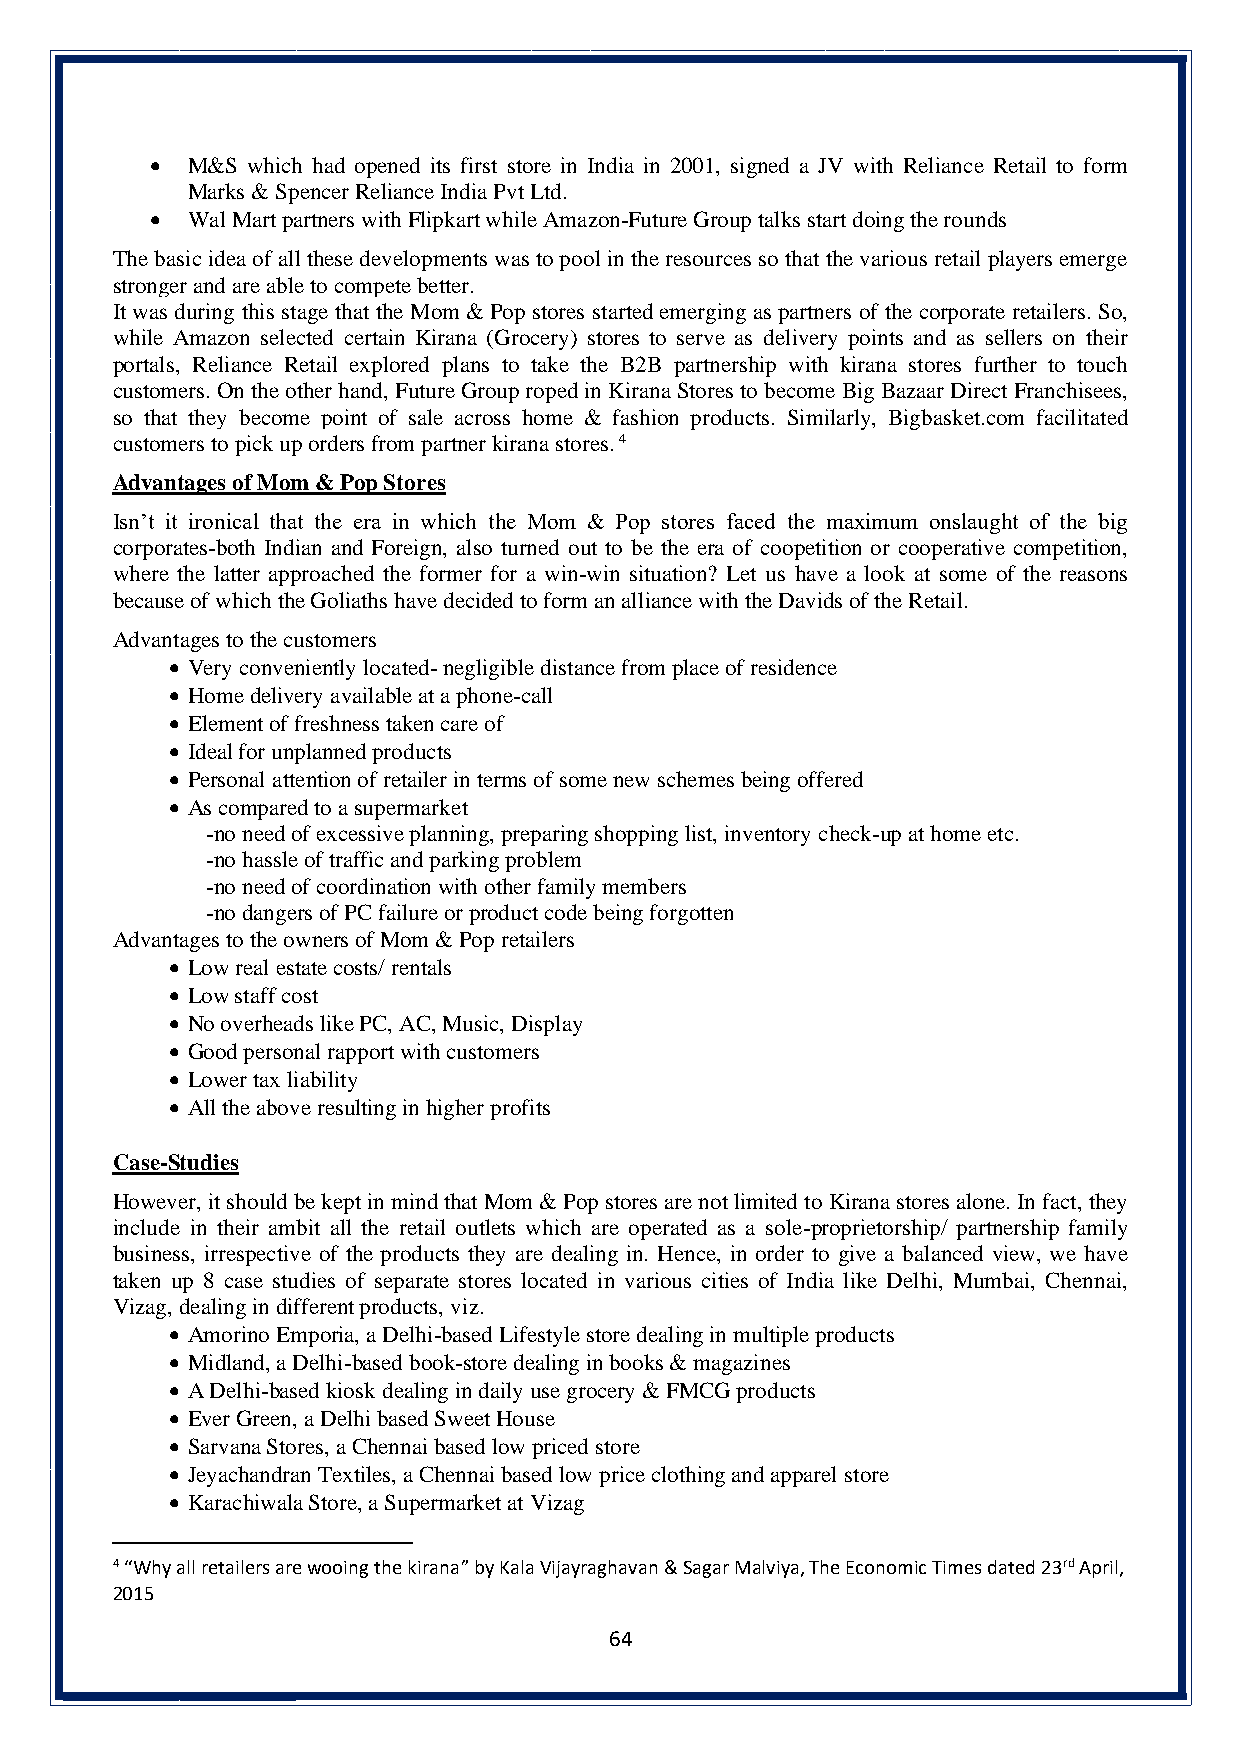
• M&S which had opened its first store in India in 2001, signed a JV with Reliance Retail to form
 Marks & Spencer Reliance India Pvt Ltd.
 • Wal Mart partners with Flipkart while Amazon-Future Group talks start doing the rounds
 The basic idea of all these developments was to pool in the resources so that the various retail players emerge
 stronger and are able to compete better.
 It was during this stage that the Mom & Pop stores started emerging as partners of the corporate retailers. So,
 while Amazon selected certain Kirana (Grocery) stores to serve as delivery points and as sellers on their
 portals, Reliance Retail explored plans to take the B2B partnership with kirana stores further to touch
 customers. On the other hand, Future Group roped in Kirana Stores to become Big Bazaar Direct Franchisees,
 so that they become point of sale across home & fashion products. Similarly, Bigbasket.com facilitated
 customers to pick up orders from partner kirana stores. 4
 Advantages of Mom & Pop Stores
 Isn’t it ironical that the era in which the Mom & Pop stores faced the maximum onslaught of the big
 corporates-both Indian and Foreign, also turned out to be the era of coopetition or cooperative competition,
 where the latter approached the former for a win-win situation? Let us have a look at some of the reasons
 because of which the Goliaths have decided to form an alliance with the Davids of the Retail.
 Advantages to the customers
 • Very conveniently located- negligible distance from place of residence
 • Home delivery available at a phone-call
 • Element of freshness taken care of
 • Ideal for unplanned products
 • Personal attention of retailer in terms of some new schemes being offered
 • As compared to a supermarket
 -no need of excessive planning, preparing shopping list, inventory check-up at home etc.
 -no hassle of traffic and parking problem
 -no need of coordination with other family members
 -no dangers of PC failure or product code being forgotten
 Advantages to the owners of Mom & Pop retailers
 • Low real estate costs/ rentals
 • Low staff cost
 • No overheads like PC, AC, Music, Display
 • Good personal rapport with customers
 • Lower tax liability
 • All the above resulting in higher profits
 Case-Studies
 However, it should be kept in mind that Mom & Pop stores are not limited to Kirana stores alone. In fact, they
 include in their ambit all the retail outlets which are operated as a sole-proprietorship/ partnership family
 business, irrespective of the products they are dealing in. Hence, in order to give a balanced view, we have
 taken up 8 case studies of separate stores located in various cities of India like Delhi, Mumbai, Chennai,
 Vizag, dealing in different products, viz.
 • Amorino Emporia, a Delhi-based Lifestyle store dealing in multiple products
 • Midland, a Delhi-based book-store dealing in books & magazines
 • A Delhi-based kiosk dealing in daily use grocery & FMCG products
 • Ever Green, a Delhi based Sweet House
 • Sarvana Stores, a Chennai based low priced store
 • Jeyachandran Textiles, a Chennai based low price clothing and apparel store
 • Karachiwala Store, a Supermarket at Vizag
 4 “Why all retailers are wooing the kirana” by Kala Vijayraghavan & Sagar Malviya, The Economic Times dated 23rd April,
 2015
 64